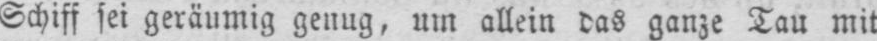
Schiff sei geräumig genug, um allein das ganze Tau mit